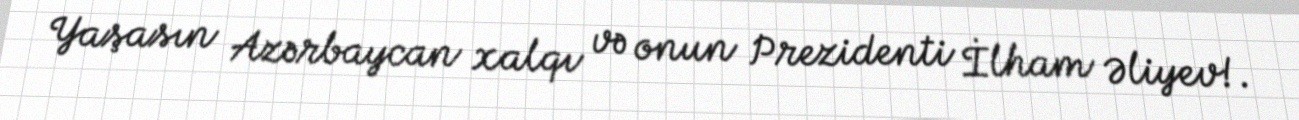
Yaşasın Azərbaycan xalqı və onun Prezidenti İlham Əliyev!.